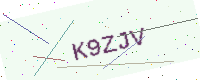
Text: K9ZJV